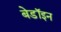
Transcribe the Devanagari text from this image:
बेडॉइन